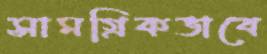
সামগ্রিকভাবে